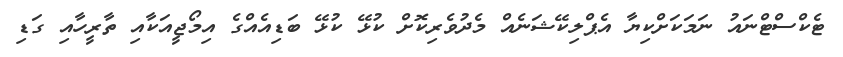
ޓެކްސްޓްނައު ނަމަކަށްކިޔާ އެޕްލިކޭޝަނެއް މެދުވެރިކޮށް ކުޅޭ ކުޅޭ ބަޑިއެއްގެ އިމޯޖީއަކާއި ތާރީހާއި ގަޑި